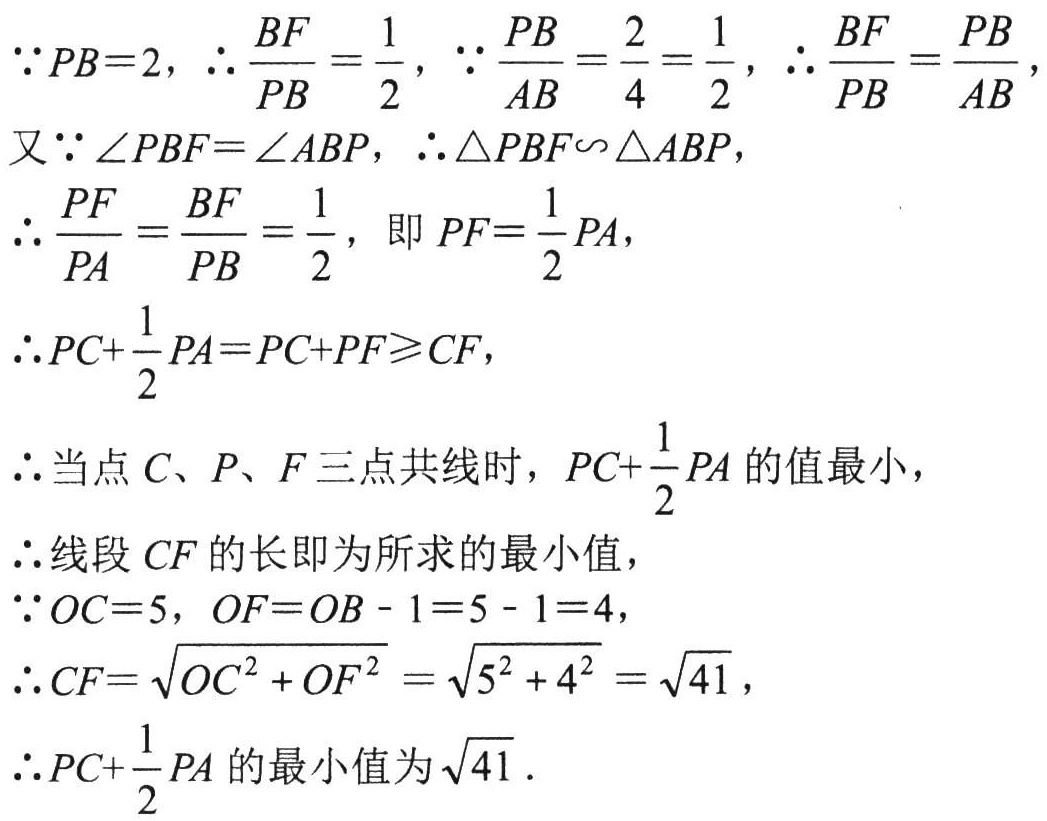
\(
\begin{align*}
&\because PB = 2, \therefore \frac{BF}{PB}=\frac{1}{2}, \because \frac{PB}{AB}=\frac{2}{4}=\frac{1}{2}, \therefore \frac{BF}{PB}=\frac{PB}{AB},\\
&又\because \angle PBF=\angle ABP, \therefore \triangle PBF\sim\triangle ABP,\\
&\therefore \frac{PF}{PA}=\frac{BF}{PB}=\frac{1}{2}, \text{ 即 } PF = \frac{1}{2}PA,\\
&\therefore PC+\frac{1}{2}PA=PC + PF\geqslant CF,\\
&\therefore \text{当点 }C、P、F\text{ 三点共线时}, PC+\frac{1}{2}PA\text{ 的值最小},\\
&\therefore \text{线段 }CF\text{ 的长即为所求的最小值},\\
&\because OC = 5, OF=OB - 1 = 5 - 1 = 4,\\
&\therefore CF=\sqrt{OC^{2}+OF^{2}}=\sqrt{5^{2}+4^{2}}=\sqrt{41},\\
&\therefore PC+\frac{1}{2}PA\text{ 的最小值为 }\sqrt{41}.
\end{align*}
\)